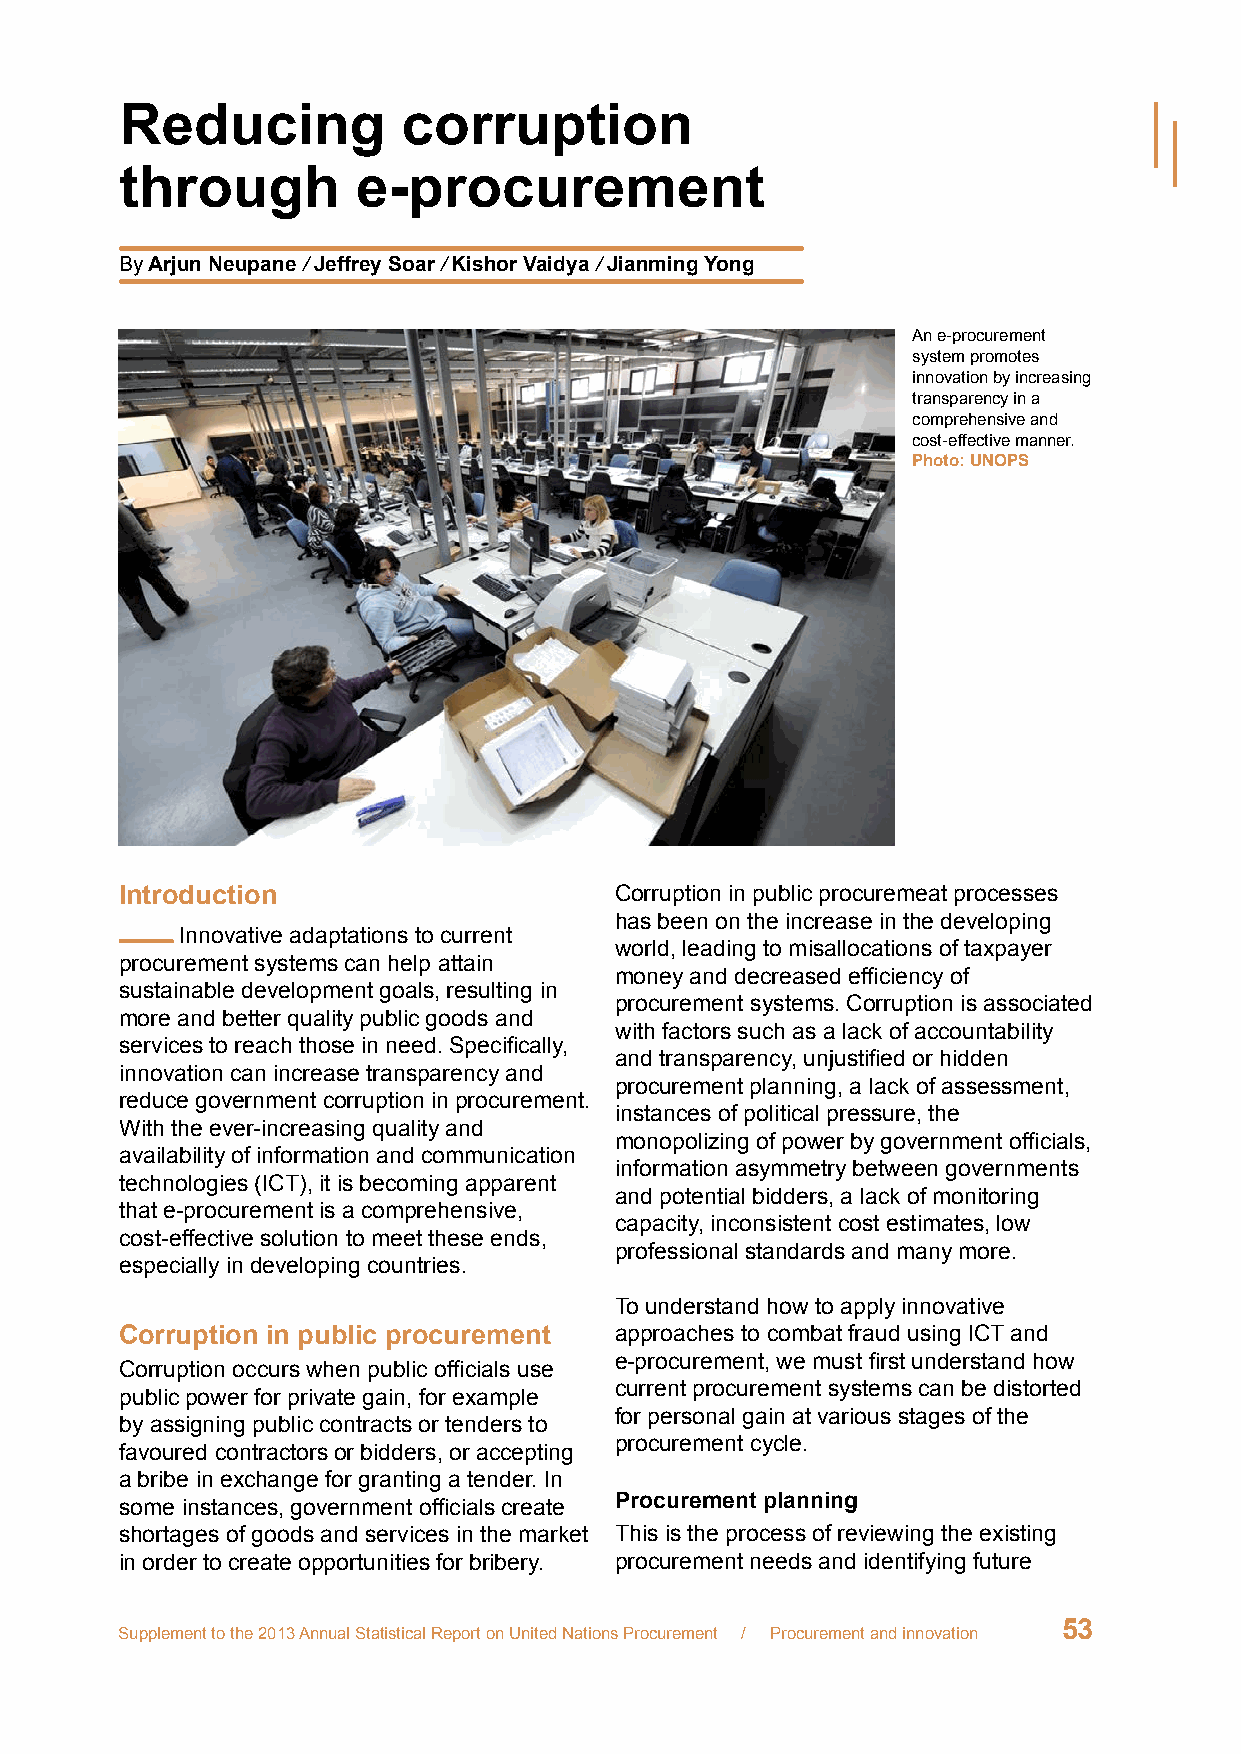
Reducing           corruption
 through         e-procurement
 By Arjun Neupane / Jeffrey Soar / Kishor Vaidya / Jianming Yong
 An e-procurement
 system promotes
 innovation by increasing
 transparency in a
 comprehensive and
 cost-effective manner.
 Photo: UNOPS
 Introduction                     Corruption in public procuremeat processes
 has been on the increase in the developing
 Innovative adaptations to current
 world, leading to misallocations of taxpayer
 procurement systems can help attain
 money and decreased efficiency of
 sustainable development goals, resulting in
 procurement systems. Corruption is associated
 more and better quality public goods and
 with factors such as a lack of accountability
 services to reach those in need. Specifically,
 and transparency, unjustified or hidden
 innovation can increase transparency and
 procurement planning, a lack of assessment,
 reduce government corruption in procurement.
 instances of political pressure, the
 With the ever-increasing quality and
 monopolizing of power by government officials,
 availability of information and communication
 information asymmetry between governments
 technologies (ICT), it is becoming apparent
 and potential bidders, a lack of monitoring
 that e-procurement is a comprehensive,
 capacity, inconsistent cost estimates, low
 cost-effective solution to meet these ends,
 professional standards and many more.
 especially in developing countries.
 To understand how to apply innovative
 Corruption in public procurement approaches to combat fraud using ICT and
 e-procurement, we must first understand how
 Corruption occurs when public officials use
 current procurement systems can be distorted
 public power for private gain, for example
 for personal gain at various stages of the
 by assigning public contracts or tenders to
 procurement cycle.
 favoured contractors or bidders, or accepting
 a bribe in exchange for granting a tender. In
 some instances, government officials create Procurement planning
 shortages of goods and services in the market This is the process of reviewing the existing
 in order to create opportunities for bribery. procurement needs and identifying future
 53
 Supplement to the 2013 Annual Statistical Report on United Nations Procurement / Procurement and innovation